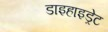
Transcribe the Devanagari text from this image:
डाइहाइड्रेट